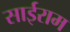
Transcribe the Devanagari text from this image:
साईराम